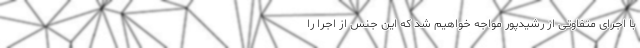
با اجرای متفاوتی از رشیدپور مواجه خواهیم شد که این جنس از اجرا را